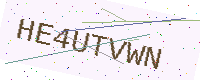
Text: HE4UTVWN